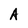
Character: A